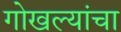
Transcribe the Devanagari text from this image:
गोखल्यांचा